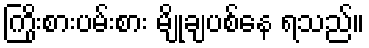
ကြိုးစားပမ်းစား မျိုချပစ်နေ ရသည်။